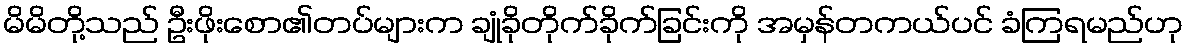
မိမိတို့သည် ဦးဖိုးစော၏တပ်များက ချုံခိုတိုက်ခိုက်ခြင်းကို အမှန်တကယ်ပင် ခံကြရမည်ဟု